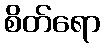
စိတ်ရော